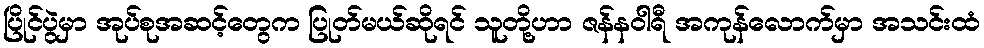
ပြိုင်ပွဲမှာ အုပ်စုအဆင့်တွေက ပြုတ်မယ်ဆိုရင် သူတို့ဟာ ဇန်နဝါရီ အကုန်လောက်မှာ အသင်းထံ